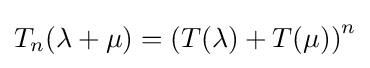
T_{n}(\lambda +\mu )=\left(T(\lambda )+T(\mu )\right)^{n}